Indian journal of veterinary science and animal husbandry - Volumes 15-17, 1948-1951
Year: 1948
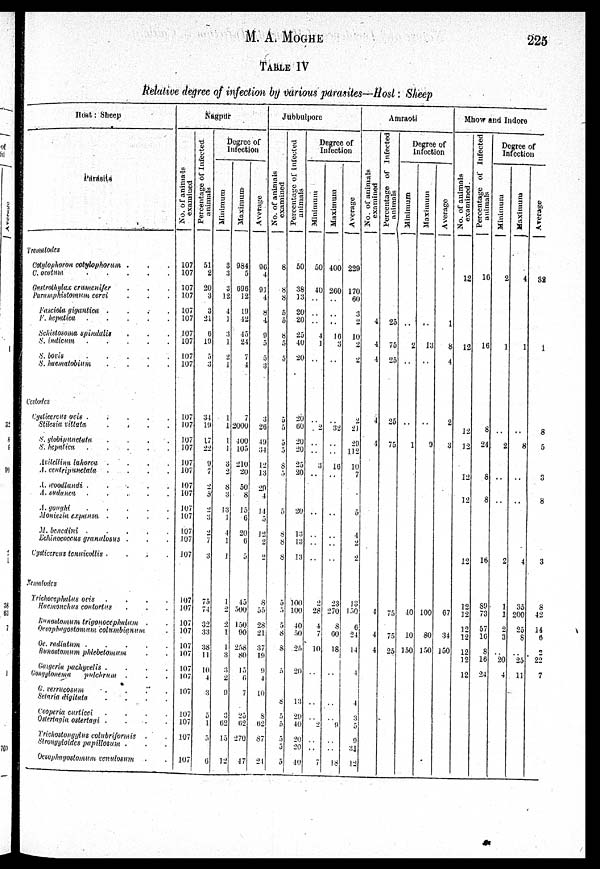
M. A.
MOGHE
225
TABLE IV
Relative degree of infection by various parasites—Host: Sheep
Host: Sheep
Parasite
Trematodes
Cotylophoron cotylophorum
. . .
C. oratum
.
.
.
. .
Gastrothylax crumenifer . . .
Paramphistomum cervi . . .
Fasciola gigantica . . . .
F.
hepatica
.
.
.
. .
Schistosoma spindalis . . .
S. indicum
.
.
.
. .
S. bovis . . . . .
S. haematobium . . . .
Cestodes
Cysticercus ovis . . . . .
Stilesia vittata . . . .
S. glabipunctata . . . .
S. hepatica . . . . .
Aritellina lahorcy . . . .
A.centripunctata . . . .
A. woodlandi . . . . .
A.sudancu . . . . .
A. goughi . . . . .
Moniezm expansa . . . .
M. benedini
. . . . .
Echinococeus granulosus . . .
Cysticercus tenuicullis . . . .
Nemulodes
Trichucepludus ovis . . . .
Haemonchus contortus . . .
oesotomum trigonocephalum . .
Oesophagostomum columbiamum .
Oe. radiatum . . . . .
Bunostomum
phlebetomum . .
Gogeria pachycelis . . . .
Gongylonema pulchrum . . .
G. verrucosum . . . .
Setaria digitata . . . .
Cooperia curticei . . . .
Ostertagia osterlayi . . . .
Trichostongylus colubriformis . .
Strongyloides papillosum
. . .
Ocsophagostomum venulosum . .
Nagpur
No. of animals
examined
107
107
107
107
107
107
107
107
107
107
107
107
107
107
107
107
107
107
107
107
107
107
107
107
107
107
107
107
107
107
107
107
107
107
107
107
Per cent age of Infected
animals
51
2
20
3
3
21
6
19
5
3
34
19
17
22
9
7
2
5
2
3
2
7
3
75
74
32
33
38
11
10
4
3
5
1
5
6
Degree of
Infection
Minimum
3
3
3
12
4
1
3
1
2
1
1
1
1
1
3
2
8
3
13
1
1
1
1
1
2
2
1
1
3
3
2
9
3
62
15
12
Maximum
984
5
696
12
19
12
45
24
7
4
7
2000
400
105
210
20
50
8
15
6
20
6
3
45
500
150
90
258
80
15
6
7
25
62
270
47
Average
96
4
91
4
8
4
9
5
5
3
3
26
49
34
12
13
29
4
14
5
12
2
2
8
55
28
21
37
19
9
4
10
8
62
87
24
Jubbulpore
No. of animals
examined
8
8
8
5
5
8
5
5
5
5
5
5
8
5
5
8
8
8
5
5
5
8
8
5
8
5
5
5
5
5
Percentage of Infected
animals
50
38
13
20
20
25
40
20
20
60
20
20
25
20
20
13
13
13
100
100
40
50
25
20
13
20
40
20
20
40
Degree of
Infection
Minimum
50
40
..
..
4
1
..
...
2
..
..
3
..
..
..
..
..
2
28
4
7
10
..
2
..
..
7
Maximum
400
260
..
..
10
3
..
..
32
..
..
16
..
..
..
..
..
23
270
8
60
18
..
9
..
..
18
Average
229
170
60
3
2
10
2
2
2
21
29
112
10
7
5
4
2
2
13
150
6
24
14
4
4
3
5
9
3 1
12
Amraoti
No. of animals
examined
4
4
4
4
4
4
4
4
Percentage of Infected
animals
25
75
25
25
75
75
75
25
Degree of
Infection
Minimum
..
2
..
..
1
40
10
150
Maximum
..
13
..
..
9
100
80
150
Average
1
8
4
2
3
67
34
150
Mhow and Indore
No. of animals
examined.
12
12
12
12
12
12
12
12
12
12
12
12
12
12
Percentage of infected
animals
16
16
8
24
8
8
16
89
73
57
16
8
16
24
Degree of
Infection
Minimum
2
1
..
2
..
..
2
1
1
2
3
..
20
4
Maximum
4
1
..
8
..
..
4
35
200
25
8
..
25
11
Average
32
1
8
5
3
8
3
8
42
14
6
2
22
7